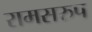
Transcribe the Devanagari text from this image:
रामसरुप